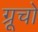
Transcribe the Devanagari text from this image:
ग्रूचो